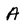
Character: A